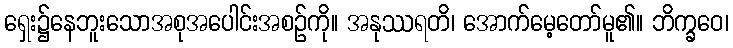
ရှေး၌နေဘူးသောအစုအပေါင်းအစဉ်ကို။ အနုဿရတိ၊ အောက်မေ့တော်မူ၏။ ဘိက္ခဝေ၊